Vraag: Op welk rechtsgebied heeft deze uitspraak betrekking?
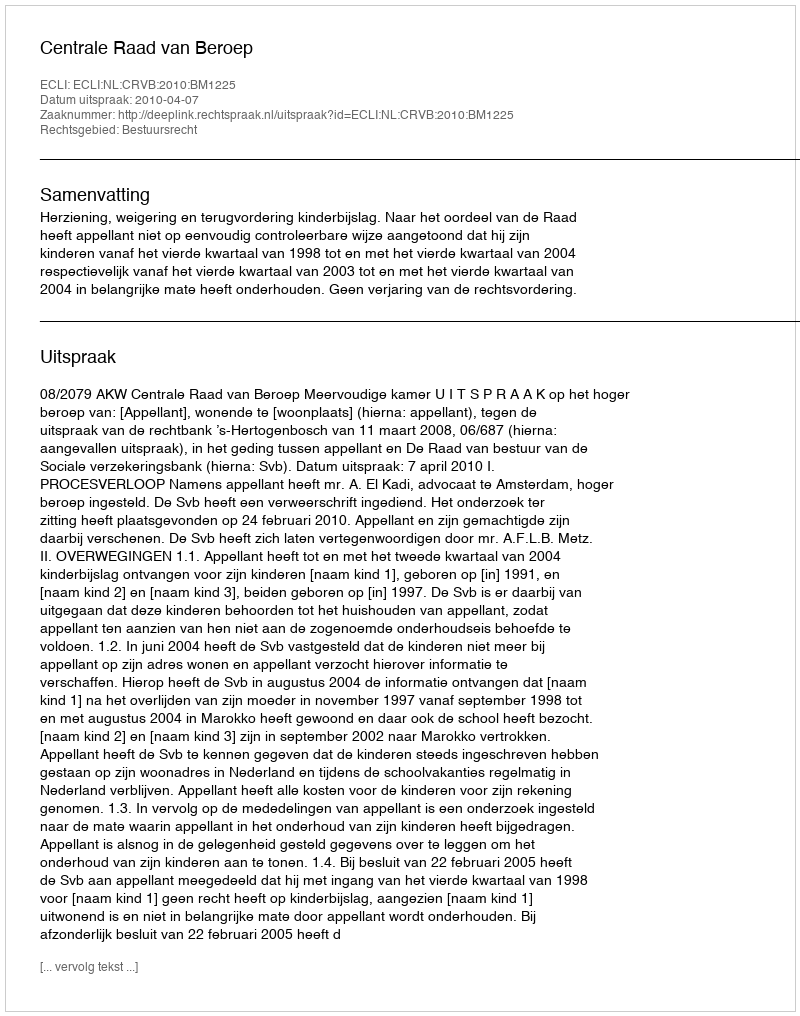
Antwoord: Bestuursrecht